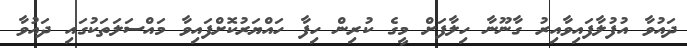
ދައުވާ އުފުލާފައިވާއިރު ގާނޫނާ ހިލާފަށް މީގެ ކުރިން ހިފާ ހައްޔަރުކޮށްފައިވާ މައްސަލަތަކުގައި ދައުވާ